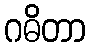
ဂဓိတာ